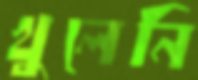
খুলেনি